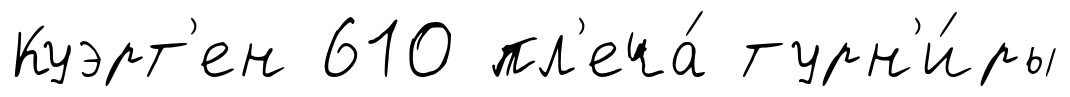
Куэрт'ен 610 пл'еча́ турн'и́ры